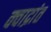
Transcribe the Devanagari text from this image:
क्वाद्रांत